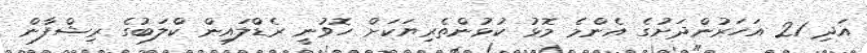
އަދި 21 އަހަރުންދަށުގެ އެންމެ މޮޅު ކުޅުންތެރިޔަކަށް ހޮވުނީ ރެޑްލައިން ކްލަބުގެ ރިޝްފާން